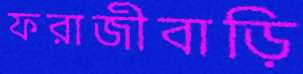
ফরাজীবাড়ি